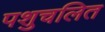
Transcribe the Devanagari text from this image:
पशुचलित